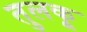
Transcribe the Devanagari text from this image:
तुलकू